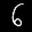
Label: 6